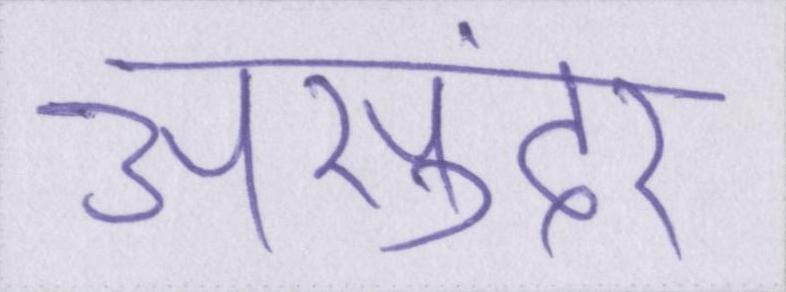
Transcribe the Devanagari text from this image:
असुंदर